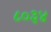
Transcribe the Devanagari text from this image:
८०३४